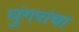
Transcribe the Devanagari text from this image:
घुंगरांचा